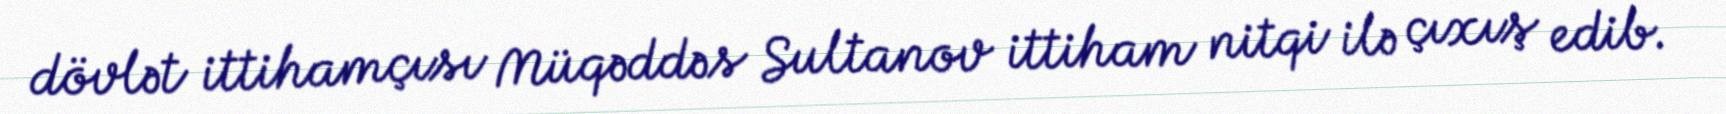
dövlət ittihamçısı Müqəddəs Sultanov ittiham nitqi ilə çıxış edib.